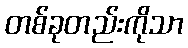
တစ်ခုတည်းကိုသာ